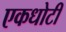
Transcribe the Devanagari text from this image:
एकधोटी